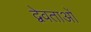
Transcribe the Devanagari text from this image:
द्वेवताओं